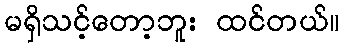
မရှိသင့်တော့ဘူး ထင်တယ်။